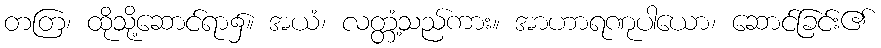
တတြ၊ ထိုသို့ဆောင်ရာ၌။ အယံ၊ လတ္တံ့သည်ကား။ အာဟာရဏုပါယော၊ ဆောင်ခြင်း၏